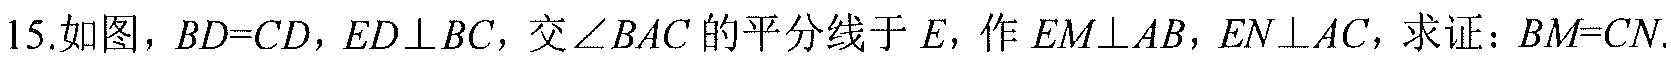
15.如图，$BD = CD$，$ED\perp BC$，交$\angle BAC$的平分线于$E$，作$EM\perp AB$，$EN\perp AC$，求证：$BM = CN$.